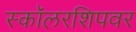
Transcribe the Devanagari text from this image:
स्कॉलरशिपवर